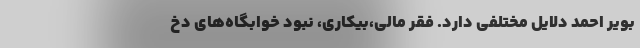
بویر احمد دلایل مختلفی دارد. فقر مالی،بیکاری، نبود خوابگاه‌های دخ